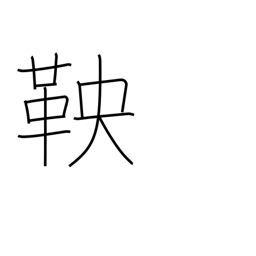
Meaning: shackle